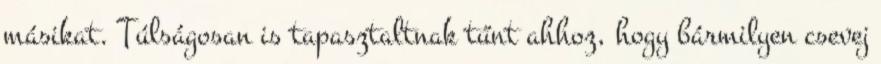
másikat. Túlságosan is tapasztaltnak tűnt ahhoz, hogy bármilyen csevej